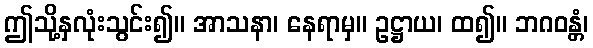
ဤသို့နှလုံးသွင်း၍။ အာသနာ၊ နေရာမှ။ ဥဋ္ဌာယ၊ ထ၍။ ဘဂဝန္တံ၊